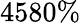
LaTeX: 4580\%